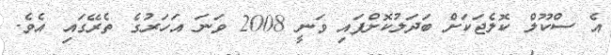
އެ ސްކޫލް ކޮލެޖަކަށް ބަދަލުކޮށްފައި ވަނީ 2008 ވަނަ އަހަރުގެ ތެރޭގައި އެވެ.